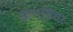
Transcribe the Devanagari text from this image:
झगडिया